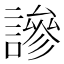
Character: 謲